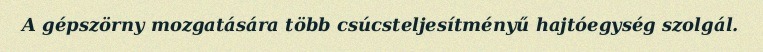
A gépszörny mozgatására több csúcsteljesítményű hajtóegység szolgál.